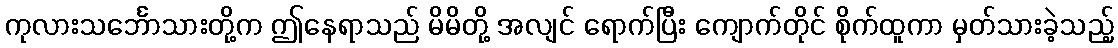
ကုလားသင်္ဘောသားတို့က ဤနေရာသည် မိမိတို့ အလျင် ရောက်ပြီး ကျောက်တိုင် စိုက်ထူကာ မှတ်သားခဲ့သည့်